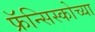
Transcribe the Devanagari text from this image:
फ्रॅन्सिस्कोच्या